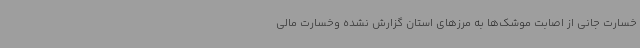
خسارت جانی از اصابت موشک‌ها به مرزهای استان گزارش نشده وخسارت مالی